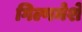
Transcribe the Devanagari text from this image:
गिल्गमेशे